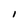
Character: I